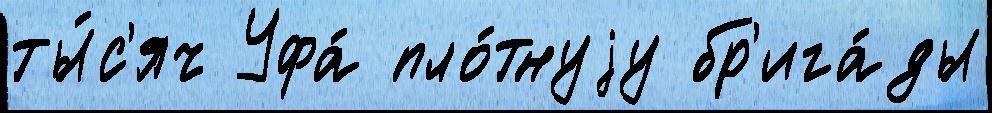
ты́с'яч Уфа́ пло́тнуjу бр'ига́ды